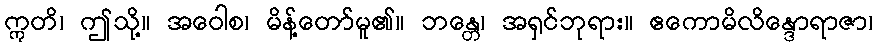
ဣတိ၊ ဤသို့။ အဝေါစ၊ မိန့်တော်မူ၏။ ဘန္တေ၊ အရှင်ဘုရား။ ဧကောမိလိန္ဒောရာဇာ၊